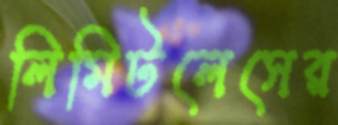
লিমিটলেসের